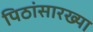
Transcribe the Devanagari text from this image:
पिठांसारख्या